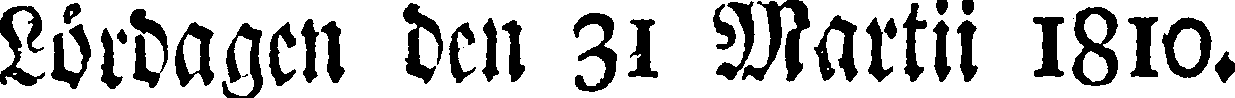
Lördagen den 31 Martii 1810.